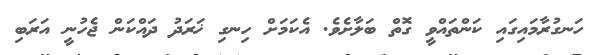
ހަނގުރާމައިގައި ކަންތައްވީ ގޮތް ބަލާށެވެ. އެކަމަށް ހިނގި ޚަރަދު ދައްކަން ޖެހުނީ އަރަބި